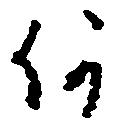
何